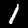
Label: 1